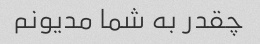
چقدر به شما مدیونم